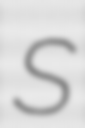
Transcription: S